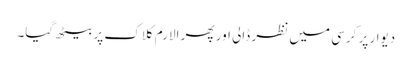
دیوار پر کرسی میں نظر ڈالی اور پھر الارم کلاک پر بیٹھ گیا۔